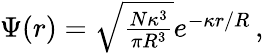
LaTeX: \begin{array}{r}{\Psi(r)=\sqrt{\frac{N\kappa^{3}}{\pi R^{3}}}e^{-\kappa r/R}\, ,}\end{array}